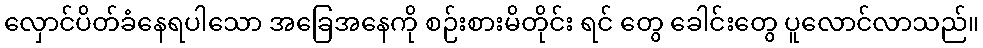
လှောင်ပိတ်ခံနေရပါသော အခြေအနေကို စဉ်းစားမိတိုင်း ရင် တွေ ခေါင်းတွေ ပူလောင်လာသည်။